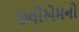
ઇવીએમનો